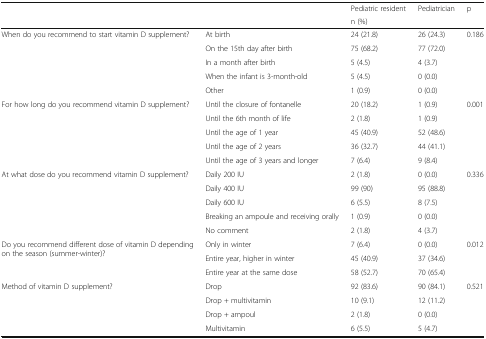
| <ROWSPAN=2>  | <ROWSPAN=2>  | Pediatric resident | Pediatrician | p |
 | <COLSPAN=3> n (%) |
 | --- | --- | --- | --- | --- |
 | <ROWSPAN=5> When do you recommend to start vitamin D supplement? | At birth | 24 (21.8) | 26 (24.3) | <ROWSPAN=5> 0.186 |
 | On the 15th day after birth | 75 (68.2) | 77 (72.0) |
 | In a month after birth | 5 (4.5) | 4 (3.7) |
 | When the infant is 3-month-old | 5 (4.5) | 0 (0.0) |
 | Other | 1 (0.9) | 0 (0.0) |
 | <ROWSPAN=5> For how long do you recommend vitamin D supplement? | Until the closure of fontanelle | 20 (18.2) | 1 (0.9) | <ROWSPAN=5> 0.001 |
 | Until the 6th month of life | 2 (1.8) | 1 (0.9) |
 | Until the age of 1 year | 45 (40.9) | 52 (48.6) |
 | Until the age of 2 years | 36 (32.7) | 44 (41.1) |
 | Until the age of 3 years and longer | 7 (6.4) | 9 (8.4) |
 | <ROWSPAN=5> At what dose do you recommend vitamin D supplement? | Daily 200 IU | 2 (1.8) | 0 (0.0) | <ROWSPAN=5> 0.336 |
 | Daily 400 IU | 99 (90) | 95 (88.8) |
 | Daily 600 IU | 6 (5.5) | 8 (7.5) |
 | Breaking an ampoule and receiving orally | 1 (0.9) | 0 (0.0) |
 | No comment | 2 (1.8) | 4 (3.7) |
 | <ROWSPAN=3> Do you recommend different dose of vitamin D depending on the season (summer-winter)? | Only in winter | 7 (6.4) | 0 (0.0) | <ROWSPAN=3> 0.012 |
 | Entire year, higher in winter | 45 (40.9) | 37 (34.6) |
 | Entire year at the same dose | 58 (52.7) | 70 (65.4) |
 | <ROWSPAN=4> Method of vitamin D supplement? | Drop | 92 (83.6) | 90 (84.1) | <ROWSPAN=4> 0.521 |
 | Drop + multivitamin | 10 (9.1) | 12 (11.2) |
 | Drop + ampoul | 2 (1.8) | 0 (0.0) |
 | Multivitamin | 6 (5.5) | 5 (4.7) |